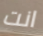
انت